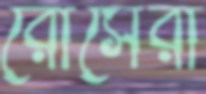
রোসেরা